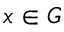
x \in G